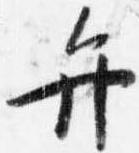
弁